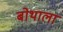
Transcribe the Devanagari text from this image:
बोथाला